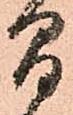
間